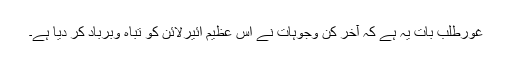
غورطلب بات یہ ہے کہ آخر کن وجوہات نے اس عظیم ائیرلائن کو تباہ وبرباد کر دیا ہے۔